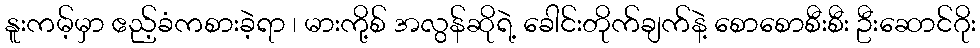
နူးကမ့်မှာ ဧည့်ခံကစားခဲ့ရာ ၊ မားကို့စ် အလွန်ဆိုရဲ့ ခေါင်းတိုက်ချက်နဲ့ စောစောစီးစီး ဦးဆောင်ဂိုး